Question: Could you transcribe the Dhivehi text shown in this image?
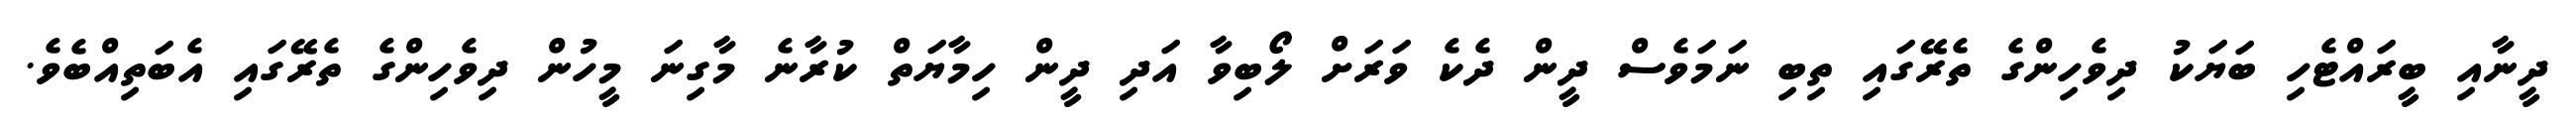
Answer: ދީނާއި ބީރައްޓެހި ބަޔަކު ދިވެހިންގެ ތެރޭގައި ތިބި ނަމަވެސް ދީން ދެކެ ވަރަށް ލޯބިވާ އަދި ދީން ހިމާޔަތް ކުރާނެ މާގިނަ މީހުން ދިވެހިންގެ ތެރޭގައި އެބަތިއްބެވެ.